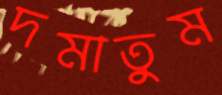
দমাতুম